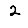
Digit: 2